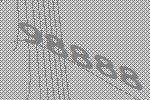
98888